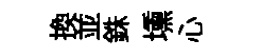
換並銖壎心